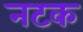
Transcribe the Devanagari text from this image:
नटक